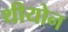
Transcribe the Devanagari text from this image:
थीयोन